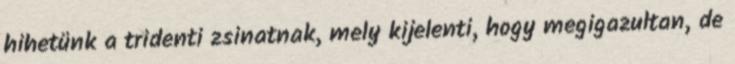
hihetünk a tridenti zsinatnak, mely kijelenti, hogy megigazultan, de